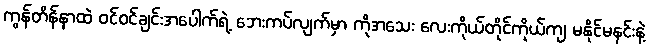
ကွန်တိန်နာထဲ ဝင်ဝင်ချင်းအပေါက်ရဲ့ ဘေးကပ်လျက်မှာ ကိုအသေး လေးကိုယ်တိုင်ကိုယ်ကျ မနိုင်မနင်းနဲ့